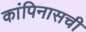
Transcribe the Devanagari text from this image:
कांपिनासची